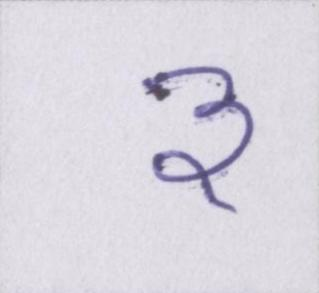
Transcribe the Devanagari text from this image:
३